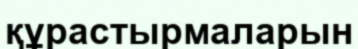
құрастырмаларын